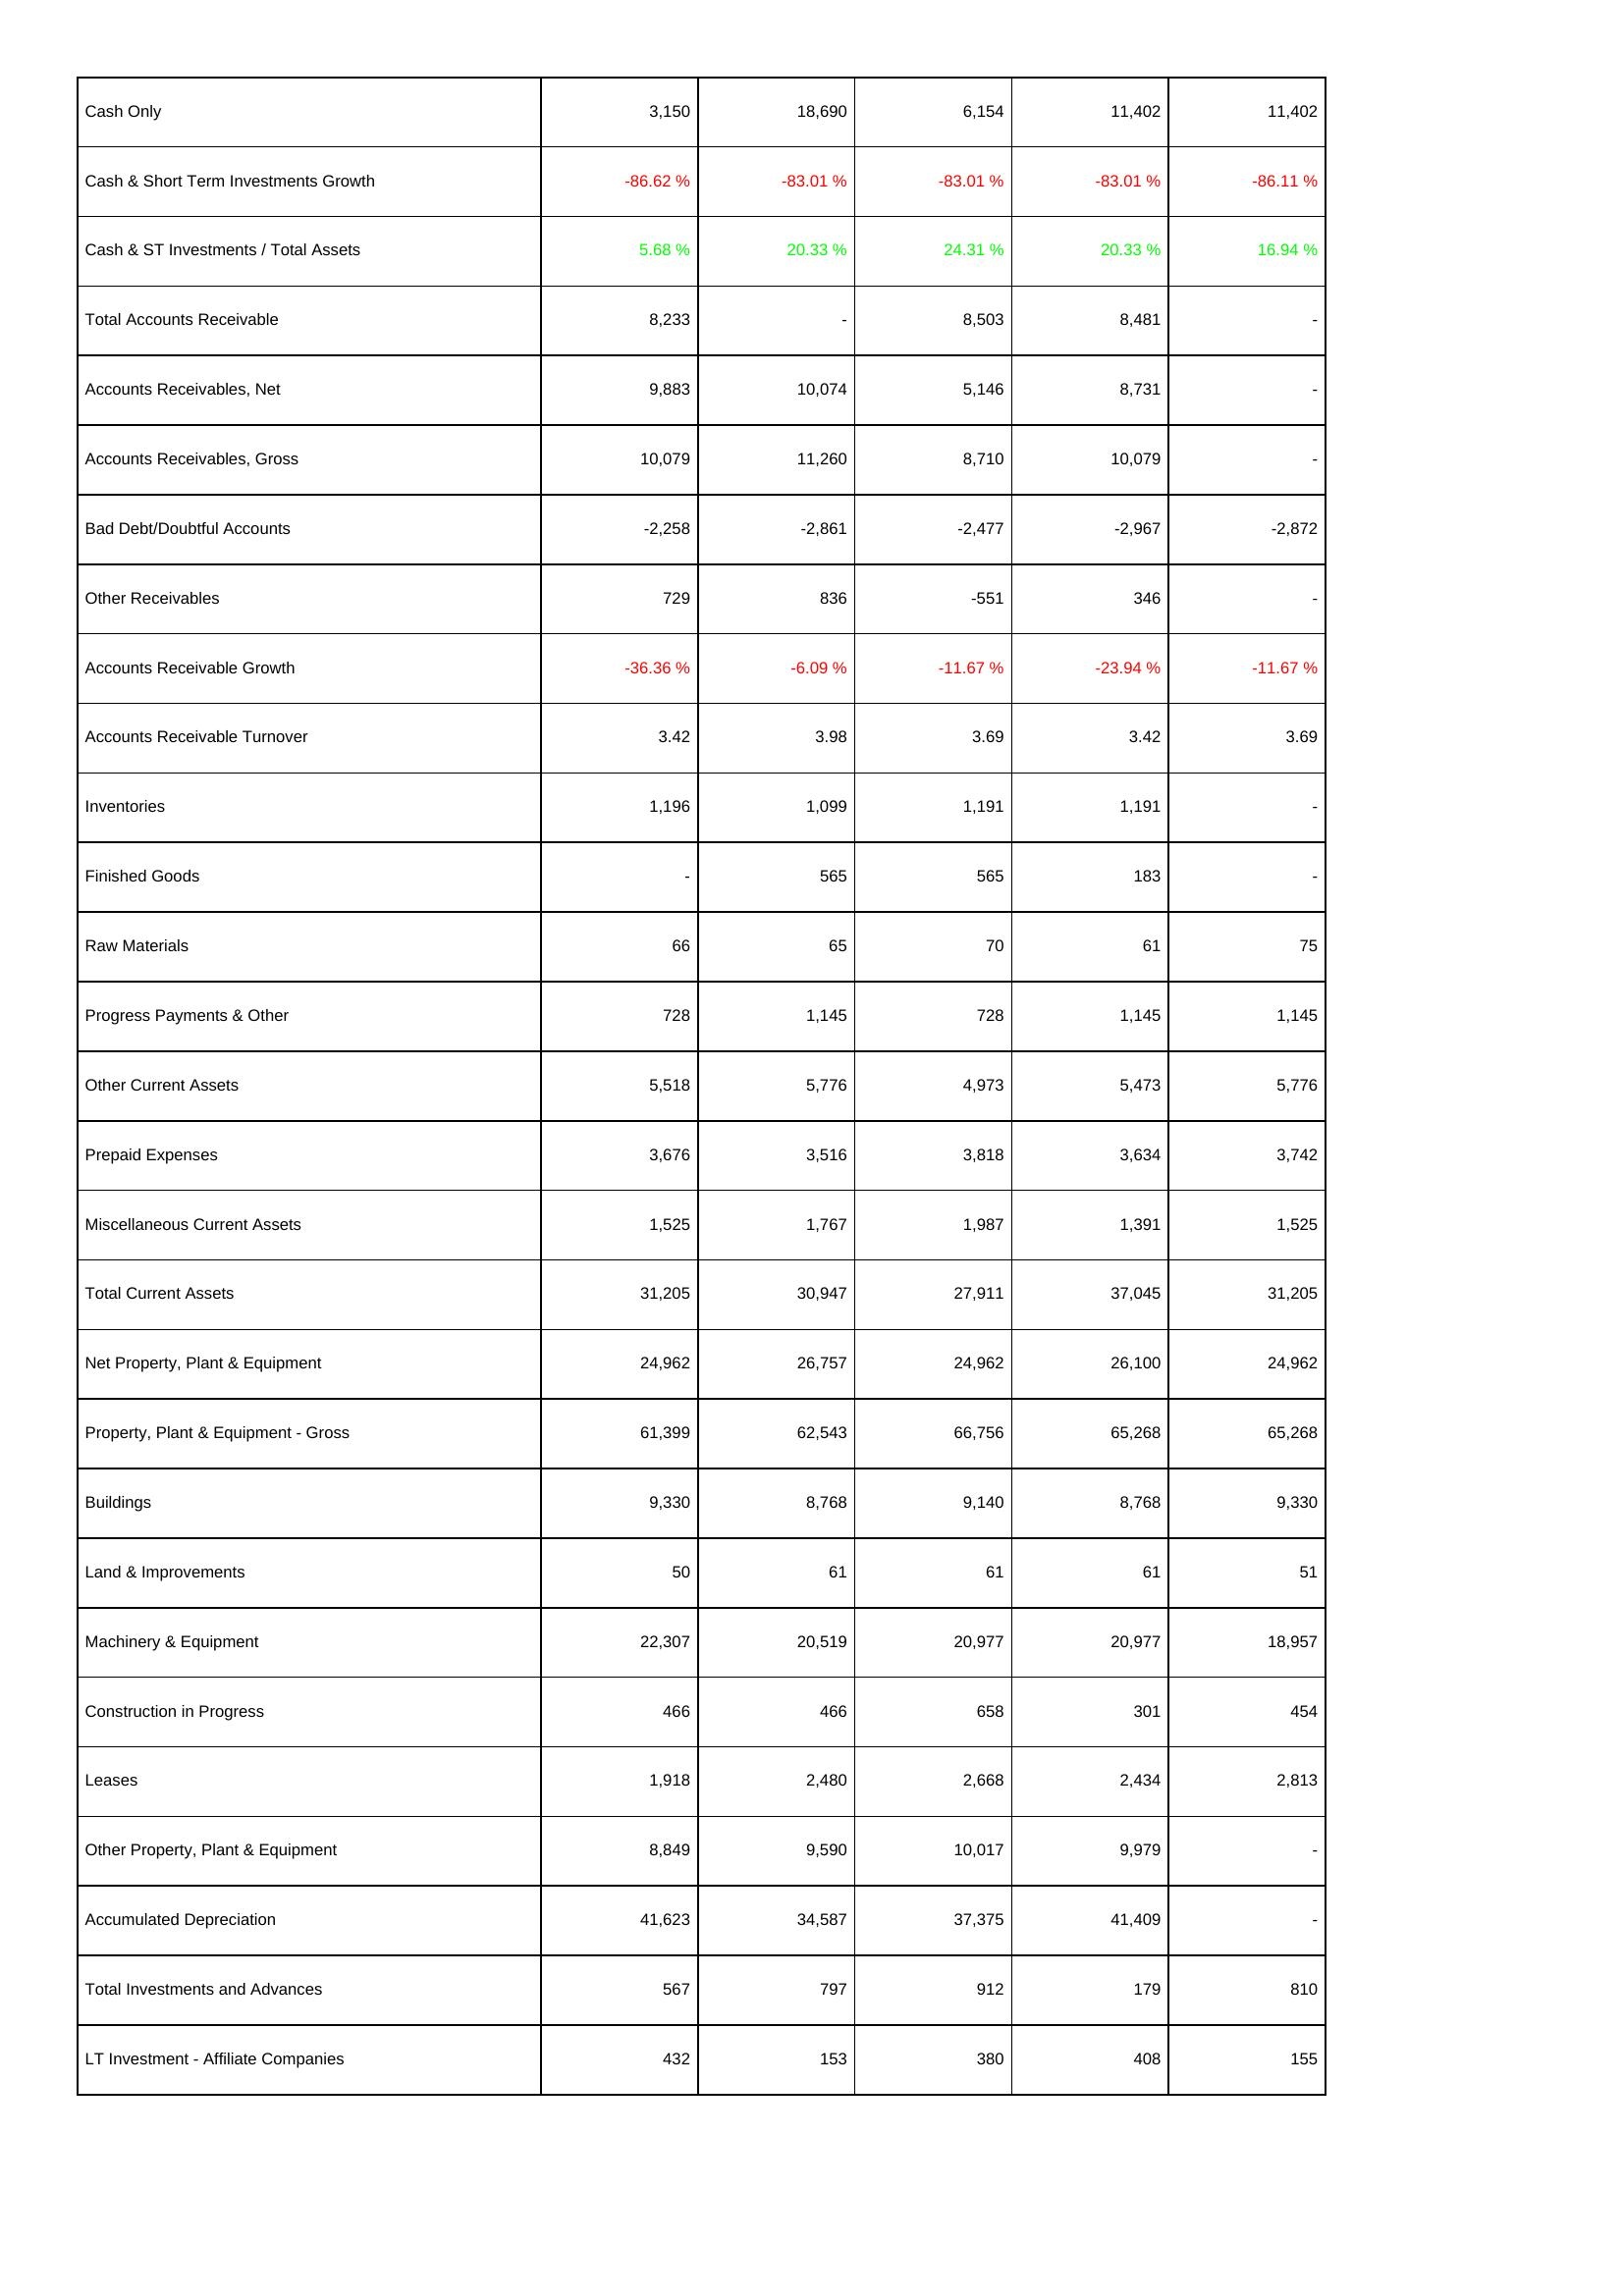
2021: Assets: Cash Only: 3,150
Cash & Short Term Investments Growth: -86.62 %
Cash & ST Investments / Total Assets: 5.68 %
Total Accounts Receivable: 8,233
Accounts Receivables, Net: 9,883
Accounts Receivables, Gross: 10,079
Bad Debt/Doubtful Accounts: -2,258
Other Receivables: 729
Accounts Receivable Growth: -36.36 %
Accounts Receivable Turnover: 3.42
Inventories: 1,196
Finished Goods: -
Raw Materials: 66
Progress Payments & Other: 728
Other Current Assets: 5,518
Prepaid Expenses: 3,676
Miscellaneous Current Assets: 1,525
Total Current Assets: 31,205
Net Property, Plant & Equipment: 24,962
Property, Plant & Equipment - Gross: 61,399
Buildings: 9,330
Land & Improvements: 50
Machinery & Equipment: 22,307
Construction in Progress: 466
Leases: 1,918
Other Property, Plant & Equipment: 8,849
Accumulated Depreciation: 41,623
Total Investments and Advances: 567
LT Investment - Affiliate Companies: 432
2020: Assets: Cash Only: 18,690
Cash & Short Term Investments Growth: -83.01 %
Cash & ST Investments / Total Assets: 20.33 %
Total Accounts Receivable: -
Accounts Receivables, Net: 10,074
Accounts Receivables, Gross: 11,260
Bad Debt/Doubtful Accounts: -2,861
Other Receivables: 836
Accounts Receivable Growth: -6.09 %
Accounts Receivable Turnover: 3.98
Inventories: 1,099
Finished Goods: 565
Raw Materials: 65
Progress Payments & Other: 1,145
Other Current Assets: 5,776
Prepaid Expenses: 3,516
Miscellaneous Current Assets: 1,767
Total Current Assets: 30,947
Net Property, Plant & Equipment: 26,757
Property, Plant & Equipment - Gross: 62,543
Buildings: 8,768
Land & Improvements: 61
Machinery & Equipment: 20,519
Construction in Progress: 466
Leases: 2,480
Other Property, Plant & Equipment: 9,590
Accumulated Depreciation: 34,587
Total Investments and Advances: 797
LT Investment - Affiliate Companies: 153
2019: Assets: Cash Only: 6,154
Cash & Short Term Investments Growth: -83.01 %
Cash & ST Investments / Total Assets: 24.31 %
Total Accounts Receivable: 8,503
Accounts Receivables, Net: 5,146
Accounts Receivables, Gross: 8,710
Bad Debt/Doubtful Accounts: -2,477
Other Receivables: -551
Accounts Receivable Growth: -11.67 %
Accounts Receivable Turnover: 3.69
Inventories: 1,191
Finished Goods: 565
Raw Materials: 70
Progress Payments & Other: 728
Other Current Assets: 4,973
Prepaid Expenses: 3,818
Miscellaneous Current Assets: 1,987
Total Current Assets: 27,911
Net Property, Plant & Equipment: 24,962
Property, Plant & Equipment - Gross: 66,756
Buildings: 9,140
Land & Improvements: 61
Machinery & Equipment: 20,977
Construction in Progress: 658
Leases: 2,668
Other Property, Plant & Equipment: 10,017
Accumulated Depreciation: 37,375
Total Investments and Advances: 912
LT Investment - Affiliate Companies: 380
2018: Assets: Cash Only: 11,402
Cash & Short Term Investments Growth: -83.01 %
Cash & ST Investments / Total Assets: 20.33 %
Total Accounts Receivable: 8,481
Accounts Receivables, Net: 8,731
Accounts Receivables, Gross: 10,079
Bad Debt/Doubtful Accounts: -2,967
Other Receivables: 346
Accounts Receivable Growth: -23.94 %
Accounts Receivable Turnover: 3.42
Inventories: 1,191
Finished Goods: 183
Raw Materials: 61
Progress Payments & Other: 1,145
Other Current Assets: 5,473
Prepaid Expenses: 3,634
Miscellaneous Current Assets: 1,391
Total Current Assets: 37,045
Net Property, Plant & Equipment: 26,100
Property, Plant & Equipment - Gross: 65,268
Buildings: 8,768
Land & Improvements: 61
Machinery & Equipment: 20,977
Construction in Progress: 301
Leases: 2,434
Other Property, Plant & Equipment: 9,979
Accumulated Depreciation: 41,409
Total Investments and Advances: 179
LT Investment - Affiliate Companies: 408
2017: Assets: Cash Only: 11,402
Cash & Short Term Investments Growth: -86.11 %
Cash & ST Investments / Total Assets: 16.94 %
Total Accounts Receivable: -
Accounts Receivables, Net: -
Accounts Receivables, Gross: -
Bad Debt/Doubtful Accounts: -2,872
Other Receivables: -
Accounts Receivable Growth: -11.67 %
Accounts Receivable Turnover: 3.69
Inventories: -
Finished Goods: -
Raw Materials: 75
Progress Payments & Other: 1,145
Other Current Assets: 5,776
Prepaid Expenses: 3,742
Miscellaneous Current Assets: 1,525
Total Current Assets: 31,205
Net Property, Plant & Equipment: 24,962
Property, Plant & Equipment - Gross: 65,268
Buildings: 9,330
Land & Improvements: 51
Machinery & Equipment: 18,957
Construction in Progress: 454
Leases: 2,813
Other Property, Plant & Equipment: -
Accumulated Depreciation: -
Total Investments and Advances: 810
LT Investment - Affiliate Companies: 155